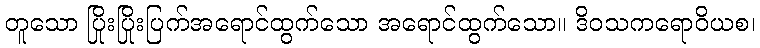
တူသော ပြိုးပြိုးပြက်အရောင်ထွက်သော အရောင်ထွက်သော။ ဒိဝသကရောဝိယစ၊